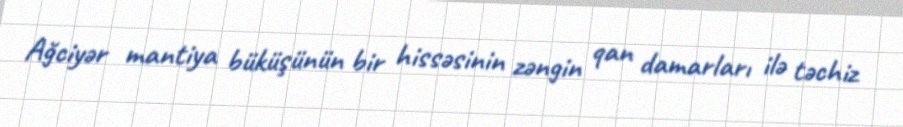
Ağciyər mantiya büküşünün bir hissəsinin zəngin qan damarları ilə təchiz